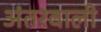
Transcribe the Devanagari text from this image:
अंतरवाली